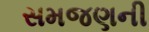
સમજણની